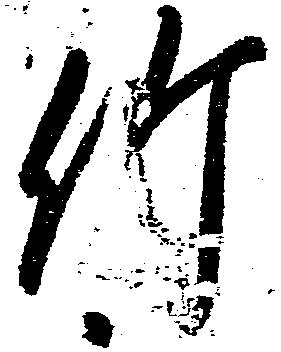
竹